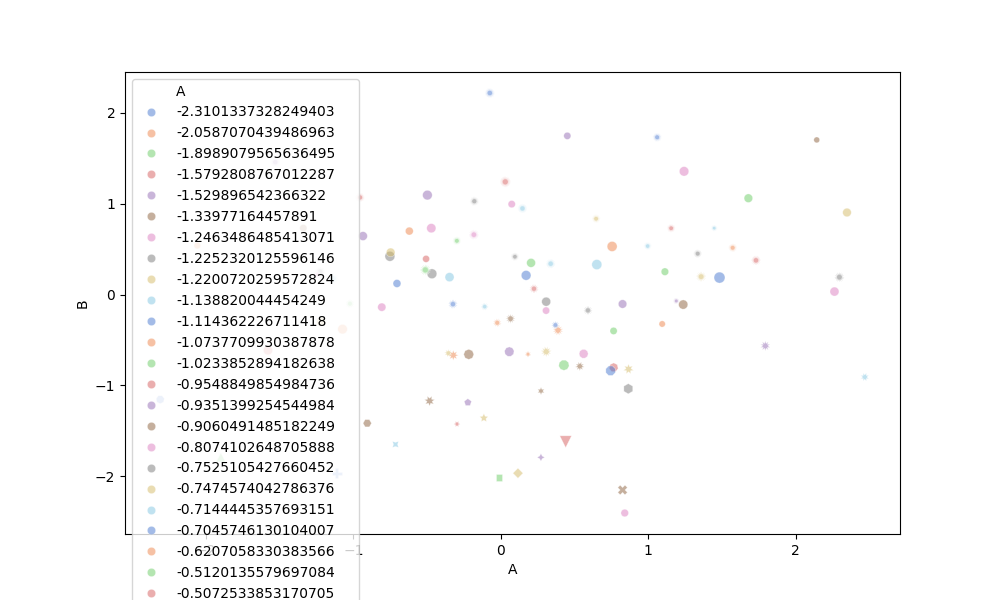
python, seaborn, scatterplot, hue='A', style='B', size='C', palette='muted', alpha=0.5